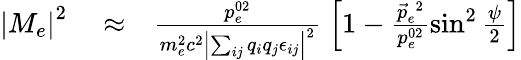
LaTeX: \begin{array}{rlr}{\left|M_{e}\right|^{2}}&{{}\approx}&{\frac{p_{e}^{02}}{m_{e}^{2}c^{2}\left|\sum_{ij}q_{i}q_{j}\epsilon_{ij}\right|^{2}}\; \left[1-\frac{\vec{p}_{e}^{\; 2}}{p_{e}^{02}}\sin^{2}\frac{\psi}{2}\right]}\end{array}